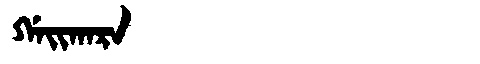
Manchu: ᡤᠠᡳᡴᠠᡵᠠ
Romanization: GAIKARA